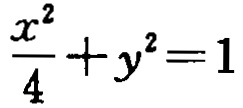
$\frac{x^{2}}{4}+y^{2}=1$